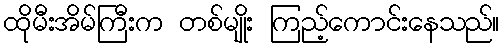
ထိုမီးအိမ်ကြီးက တစ်မျိုး ကြည့်ကောင်းနေသည်။